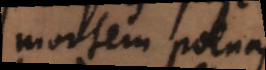
mortem poenas